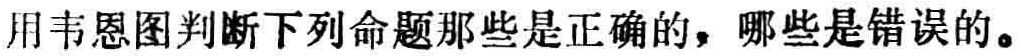
用韦恩图判断下列命题那些是正确的，哪些是错误的。